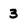
Character: 3